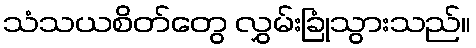
သံသယစိတ်တွေ လွှမ်းခြုံသွားသည်။